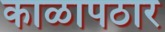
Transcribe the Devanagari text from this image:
काळापठार